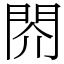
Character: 䦏